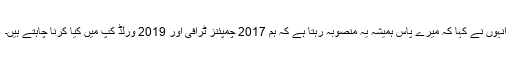
انہوں نے کہا کہ میرے پاس ہمیشہ یہ منصوبہ رہتا ہے کہ ہم 2017 چمپئنز ٹرافی اور 2019 ورلڈ کپ میں کیا کرنا چاہتے ہیں۔